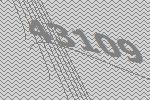
43109